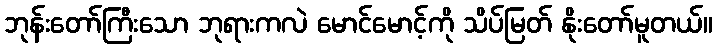
ဘုန်းတော်ကြီးသော ဘုရားကလဲ မောင်မောင့်ကို သိပ်မြတ် နိုးတော်မူတယ်။